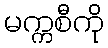
မက္ကစီကို